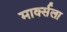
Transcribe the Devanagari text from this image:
मार्क्‍सला